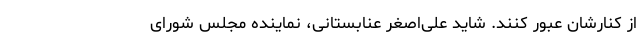
از کنارشان عبور کنند. شاید علی‌اصغر عنابستانی، نماینده مجلس شورای